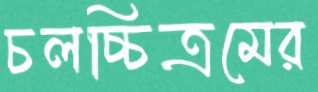
চলচ্চিত্রমের